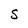
Character: S